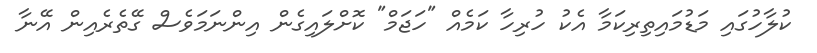
ކުލާހުގައި މަޑުމައިތިރިކަމާ އެކު ހުރިހާ ކަމެއް "ހަޖަމް" ކޮށްލައިގެން އިންނަމަވެސް ގޭތެރެއިން އޭނާ